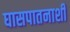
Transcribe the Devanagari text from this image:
घासपातनाशी